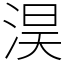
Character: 淏